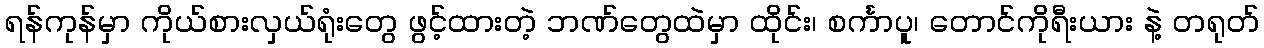
ရန်ကုန်မှာ ကိုယ်စားလှယ်ရုံးတွေ ဖွင့်ထားတဲ့ ဘဏ်တွေထဲမှာ ထိုင်း၊ စင်္ကာပူ၊ တောင်ကိုရီးယား နဲ့ တရုတ်